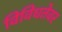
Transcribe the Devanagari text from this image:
विविधतेवर